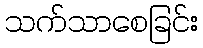
သက်သာစေခြင်း